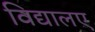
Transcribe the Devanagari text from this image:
विद्यालए